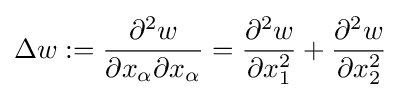
\Delta w:={\frac {\partial ^{2}w}{\partial x_{\alpha }\partial x_{\alpha }}}={\frac {\partial ^{2}w}{\partial x_{1}^{2}}}+{\frac {\partial ^{2}w}{\partial x_{2}^{2}}}